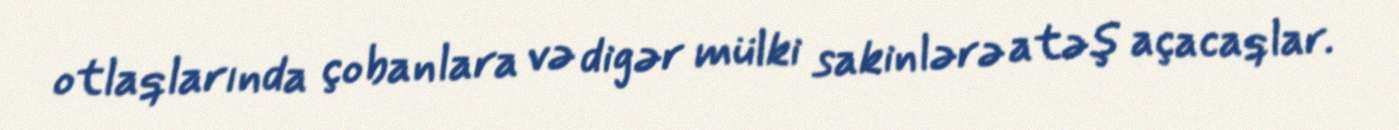
otlaqlarında çobanlara və digər mülki sakinlərə atəş açacaqlar.